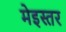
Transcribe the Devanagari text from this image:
मेइस्तर